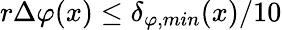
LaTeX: r\Delta\varphi(x)\leq\delta_{\varphi,min}(x)/10